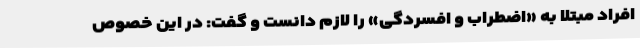
افراد مبتلا به «اضطراب و افسردگی» را لازم دانست و گفت: در این خصوص